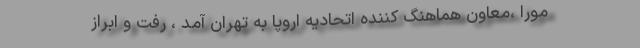
مورا ،معاون هماهنگ کننده اتحادیه اروپا به تهران آمد ، رفت و ابراز